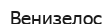
Венизелос